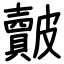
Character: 皾